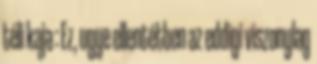
téli kaja : Ez, ugye ellentétben az eddigi viszonylag